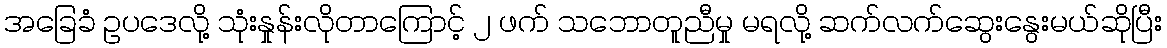
အခြေခံ ဥပဒေလို့ သုံးနှုန်းလိုတာကြောင့် ၂ ဖက် သဘောတူညီမှု မရလို့ ဆက်လက်ဆွေးနွေးမယ်ဆိုပြီး